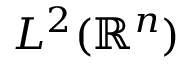
L ^ { 2 } ( \mathbb { R } ^ { n } )